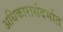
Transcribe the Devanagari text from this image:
अधिकारासंदर्भात